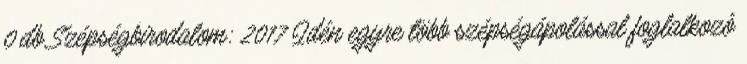
0 db Szépségbirodalom: 2017 Idén egyre több szépségápolással foglalkozó